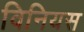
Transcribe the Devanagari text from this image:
विनियस